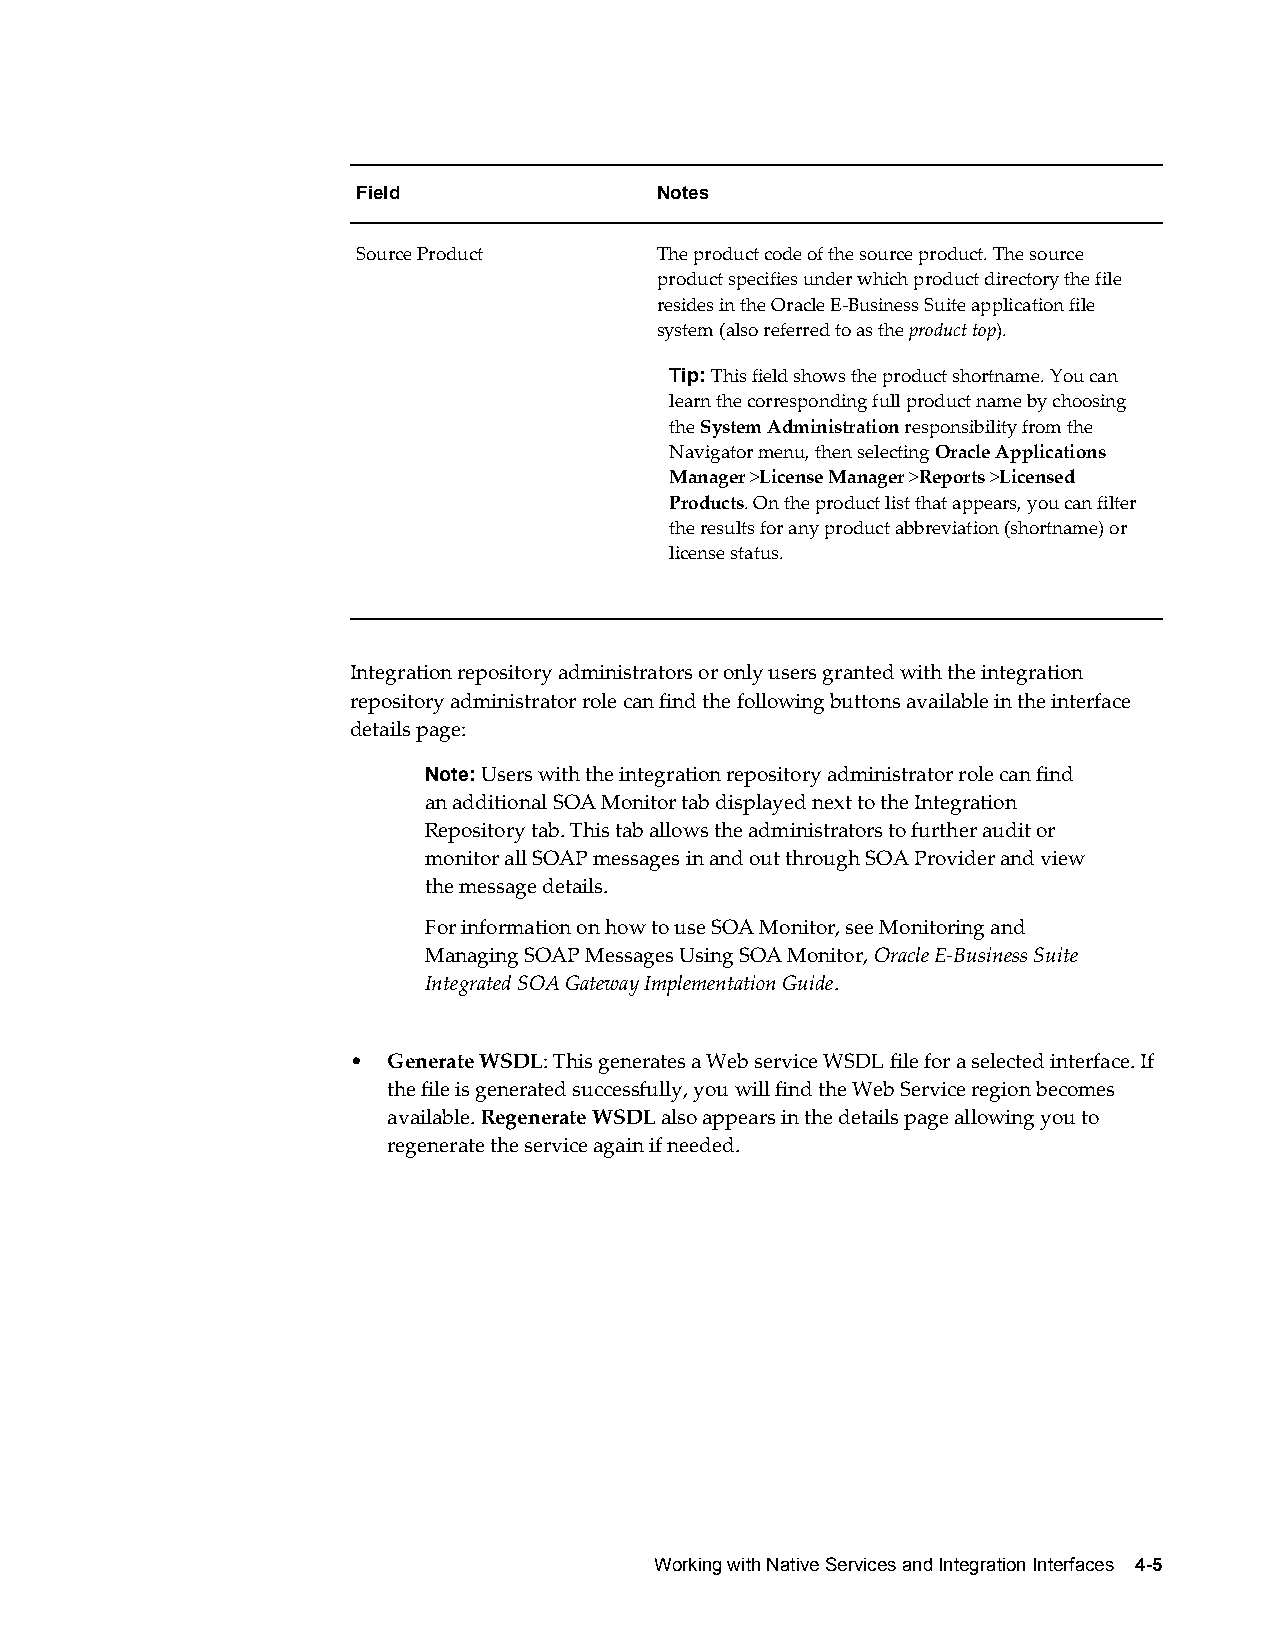
Field              Notes
 Source Product     The product code of the source product. The source
 product specifies under which product directory the file
 resides in the Oracle E-Business Suite application file
 system (also referred to as the product top).
 Tip: This field shows the product shortname. You can
 learn the corresponding full product name by choosing
 the System Administration responsibility from the
 Navigator menu, then selecting Oracle Applications
 Manager >License Manager >Reports >Licensed
 Products. On the product list that appears, you can filter
 the results for any product abbreviation (shortname) or
 license status.
 Integration repository administrators or only users granted with the integration
 repository administrator role can find the following buttons available in the interface
 details page:
 Note: Users with the integration repository administrator role can find
 an additional SOA Monitor tab displayed next to the Integration
 Repository tab. This tab allows the administrators to further audit or
 monitor all SOAP messages in and out through SOA Provider and view
 the message details.
 For information on how to use SOA Monitor, see Monitoring and
 Managing SOAP Messages Using SOA Monitor, Oracle E-Business Suite
 Integrated SOA Gateway Implementation Guide.
 •  Generate WSDL: This generates a Web service WSDL file for a selected interface. If
 the file is generated successfully, you will find the Web Service region becomes
 available. Regenerate WSDL also appears in the details page allowing you to
 regenerate the service again if needed.
 Working with Native Services and Integration Interfaces 4-5